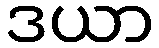
ဒယာ